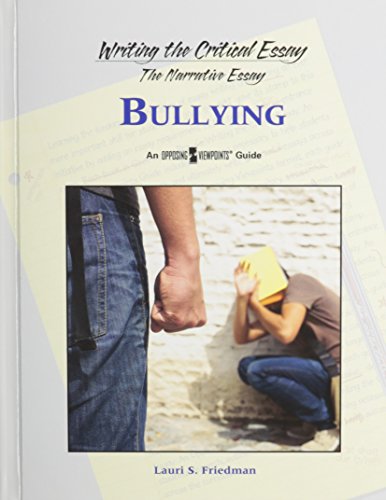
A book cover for Bullying (Writing the Critical Essay); Lauri S. Friedman; Teen & Young Adult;